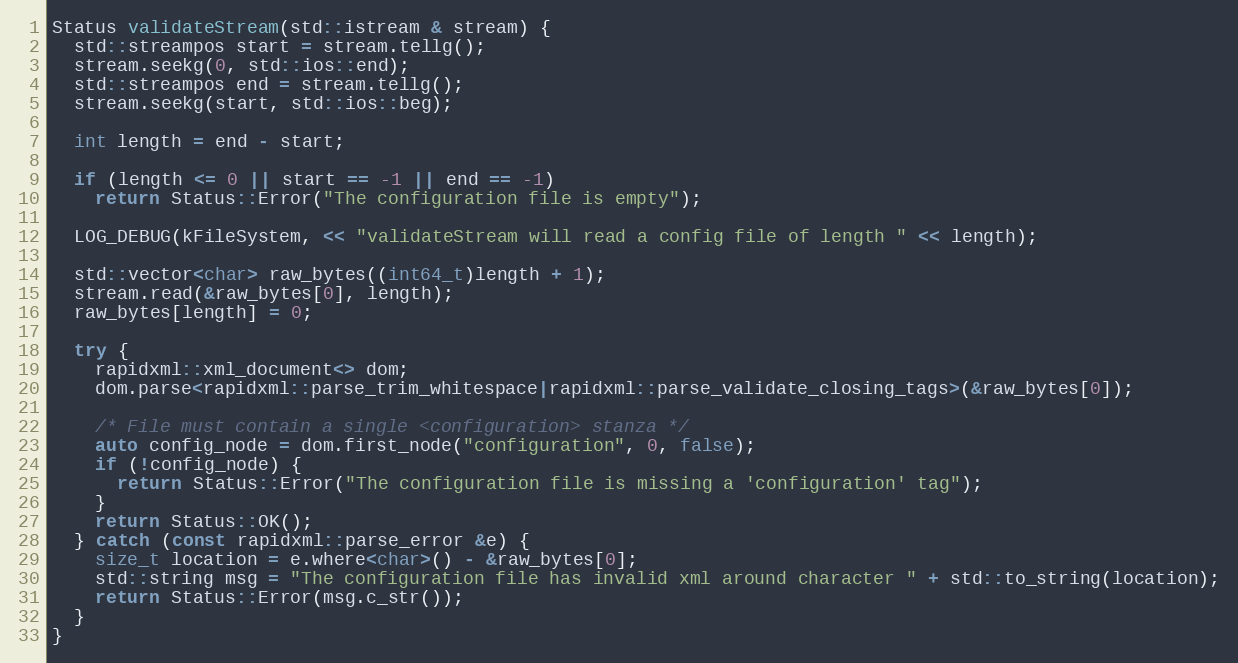
Language: C++
Status validateStream(std::istream & stream) {
  std::streampos start = stream.tellg();
  stream.seekg(0, std::ios::end);
  std::streampos end = stream.tellg();
  stream.seekg(start, std::ios::beg);

  int length = end - start;

  if (length <= 0 || start == -1 || end == -1)
    return Status::Error("The configuration file is empty");

  LOG_DEBUG(kFileSystem, << "validateStream will read a config file of length " << length);

  std::vector<char> raw_bytes((int64_t)length + 1);
  stream.read(&raw_bytes[0], length);
  raw_bytes[length] = 0;

  try {
    rapidxml::xml_document<> dom;
    dom.parse<rapidxml::parse_trim_whitespace|rapidxml::parse_validate_closing_tags>(&raw_bytes[0]);

    /* File must contain a single <configuration> stanza */
    auto config_node = dom.first_node("configuration", 0, false);
    if (!config_node) {
      return Status::Error("The configuration file is missing a 'configuration' tag");
    }
    return Status::OK();
  } catch (const rapidxml::parse_error &e) {
    size_t location = e.where<char>() - &raw_bytes[0];
    std::string msg = "The configuration file has invalid xml around character " + std::to_string(location);
    return Status::Error(msg.c_str());
  }
}